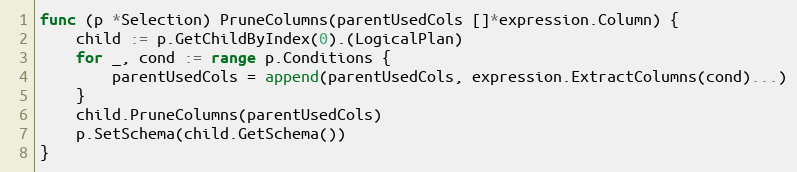
Language: Go
func (p *Selection) PruneColumns(parentUsedCols []*expression.Column) {
	child := p.GetChildByIndex(0).(LogicalPlan)
	for _, cond := range p.Conditions {
		parentUsedCols = append(parentUsedCols, expression.ExtractColumns(cond)...)
	}
	child.PruneColumns(parentUsedCols)
	p.SetSchema(child.GetSchema())
}